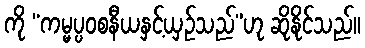
ကို “ကမ္မပ္ပဝစနီယနှင့်ယှဉ်သည်”ဟု ဆိုနိုင်သည်။